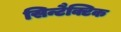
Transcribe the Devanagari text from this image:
सिन्टैक्टिक